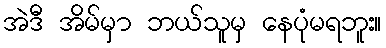
အဲဒီ အိမ်မှာ ဘယ်သူမှ နေပုံမရဘူး။